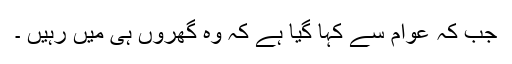
جب کہ عوام سے کہا گیا ہے کہ وہ گھروں ہی میں رہیں ۔